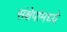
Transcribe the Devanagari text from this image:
संक्षेपांमध्ये